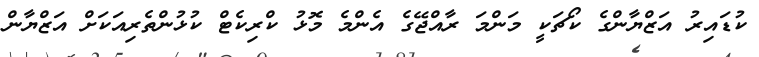
ކުޑައިރު އަޒްޔާންގެ ކޯޗަކީ މަންމަ ރާއްޖޭގެ އެންމެ މޮޅު ކްރިކެޓް ކުޅުންތެރިއަކަށް އަޒްޔާން